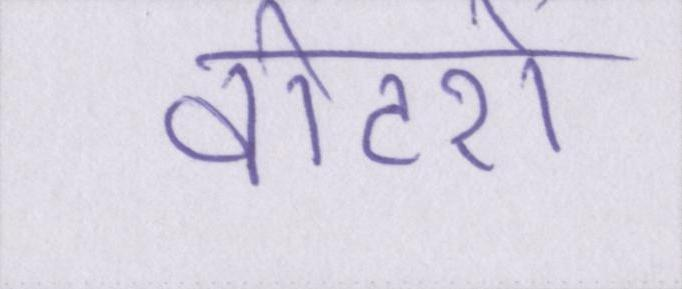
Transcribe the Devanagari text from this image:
वोटरों